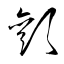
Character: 顴